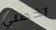
تخصني